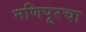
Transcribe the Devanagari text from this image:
मणिपूरचा